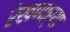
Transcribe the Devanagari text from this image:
रेखणाऱ्या